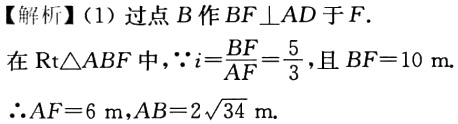
【解析】(1) 过点\(B\)作\(BF\perp AD\)于\(F\).

在\(Rt\triangle ABF\)中，\(\because i = \frac{BF}{AF}=\frac{5}{3}\)，且\(BF = 10\ m\).

\(\therefore AF = 6\ m\)，\(AB = 2\sqrt{34}\ m\).